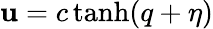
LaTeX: \mathbf{u}=c\operatorname{tanh}(q+\eta)